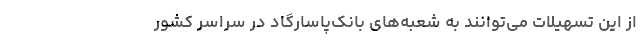
از این تسهیلات می‌توانند به شعبه‌های بانک‌پاسارگاد در سراسر کشور